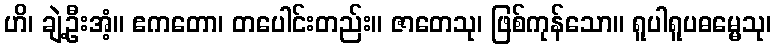
ဟိ၊ ချဲ့ဦးအံ့။ ဧကတော၊ တပေါင်းတည်း။ ဇာတေသု၊ ဖြစ်ကုန်သော။ ရူပါရူပဓမ္မေသု၊